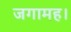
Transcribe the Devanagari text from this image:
जगामह।